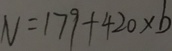
N = 1 7 9 + 4 2 0 \times b